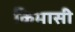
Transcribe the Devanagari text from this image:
किमासी